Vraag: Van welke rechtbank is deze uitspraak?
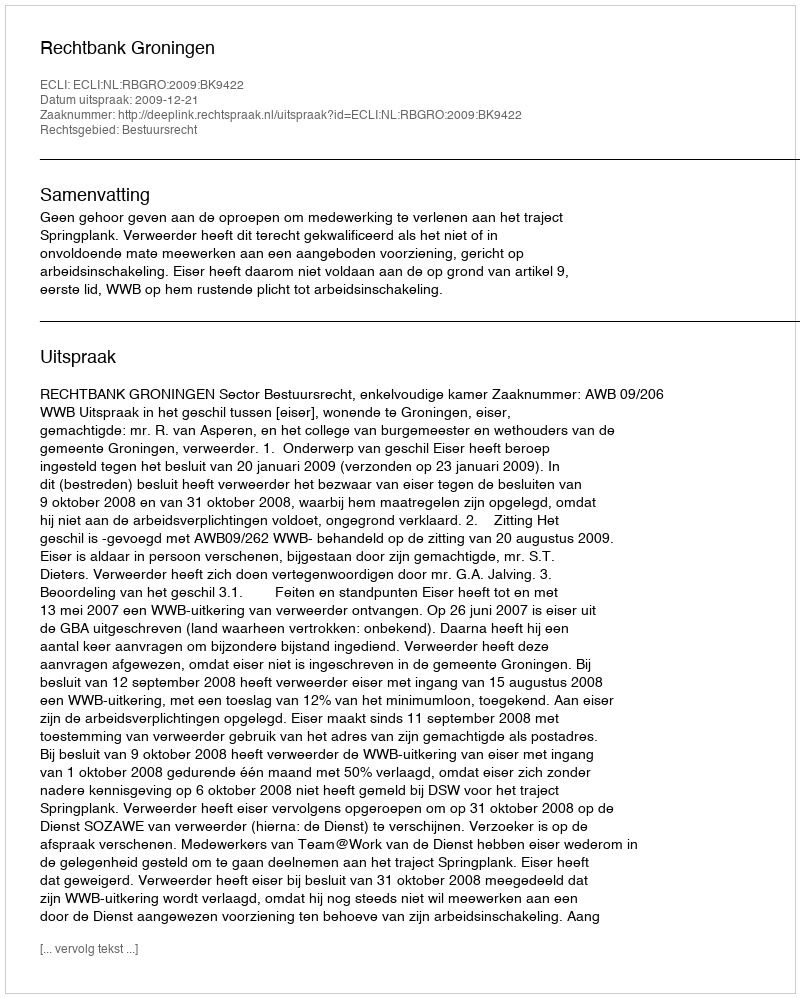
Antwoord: Rechtbank Groningen